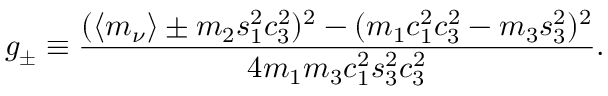
g _ { \pm } \equiv \frac { ( \langle m _ { \nu } \rangle \pm m _ { 2 } s _ { 1 } ^ { 2 } c _ { 3 } ^ { 2 } ) ^ { 2 } - ( m _ { 1 } c _ { 1 } ^ { 2 } c _ { 3 } ^ { 2 } - m _ { 3 } s _ { 3 } ^ { 2 } ) ^ { 2 } } { 4 m _ { 1 } m _ { 3 } c _ { 1 } ^ { 2 } s _ { 3 } ^ { 2 } c _ { 3 } ^ { 2 } } .